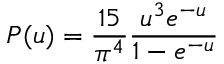
P ( u ) = \frac { 1 5 } { \pi ^ { 4 } } \frac { u ^ { 3 } e ^ { - u } } { 1 - e ^ { - u } }